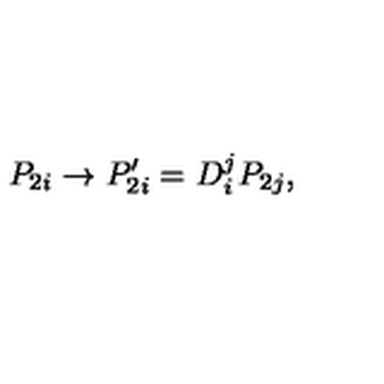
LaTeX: P _ { 2 i } \rightarrow P _ { 2 i } ^ { \prime } = D _ { i } ^ { j } P _ { 2 j } ,